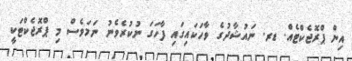
އިން ޕްރޮޖެކްޓެއް. ޑރ. ނައުޝާދުގެ ވާހަކައިގައި ފާހަގަ ނުކުރެވެނު ނަމަވެސް މި ޕްރޮޖެކްޓަކީ